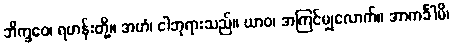
ဘိက္ခဝေ၊ ရဟန်းတို့။ အဟံ၊ ငါဘုရားသည်။ ယာဝ၊ အကြင်မျှလောက်။ အာကင်္ခါမိ၊